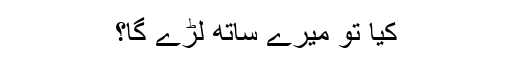
کیا تُو میرے ساتھ لڑے گا؟